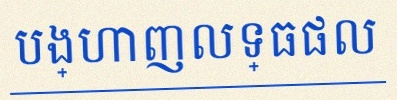
បង្ហាញលទ្ធផល